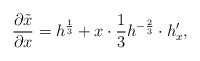
\begin{align*}\frac{\partial \tilde x}{\partial x} = h^{\frac{1}{3}} + x\cdot \frac{1}{3} h^{-\frac{2}{3}}\cdot h_x',\end{align*}